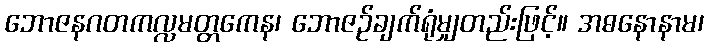
ဘောဇနဂတကလ္လမတ္တကေန၊ ဘောဇဉ်ချက်ရုံမျှတည်းဖြင့်။ အဓနောနာမ၊